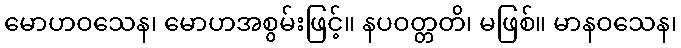
မောဟဝသေန၊ မောဟအစွမ်းဖြင့်။ နပဝတ္တတိ၊ မဖြစ်။ မာနဝသေန၊